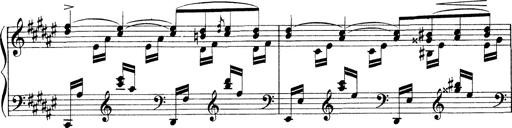
Title: 3 Ã‰tudes de concert
Composer: Franz Liszt